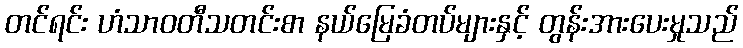
တင်ရင်း ဟံသာဝတီသတင်းစာ နယ်မြေခံတပ်များနှင့် တွန်းအားပေးမှုသည်